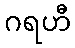
ဂရဟီ